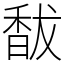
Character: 馛